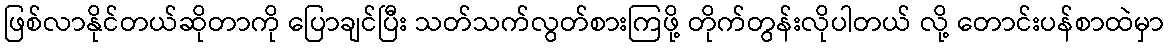
ဖြစ်လာနိုင်တယ်ဆိုတာကို ပြောချင်ပြီး သတ်သက်လွတ်စားကြဖို့ တိုက်တွန်းလိုပါတယ် လို့ တောင်းပန်စာထဲမှာ